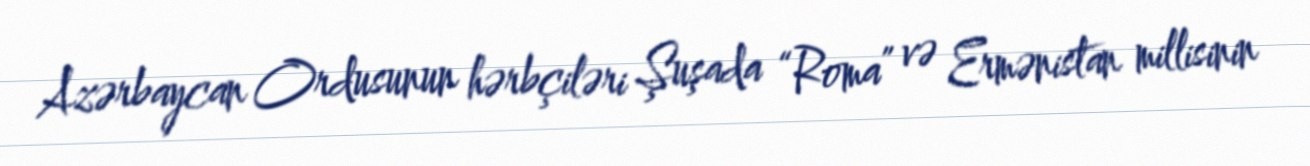
Azərbaycan Ordusunun hərbçiləri Şuşada “Roma” və Ermənistan millisinin